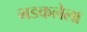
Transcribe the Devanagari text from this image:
भडकलेला